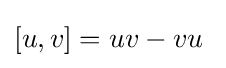
[u,v]=uv-vu\